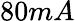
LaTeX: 80mA